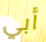
أبي